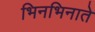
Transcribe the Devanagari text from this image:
भिनभिनाते